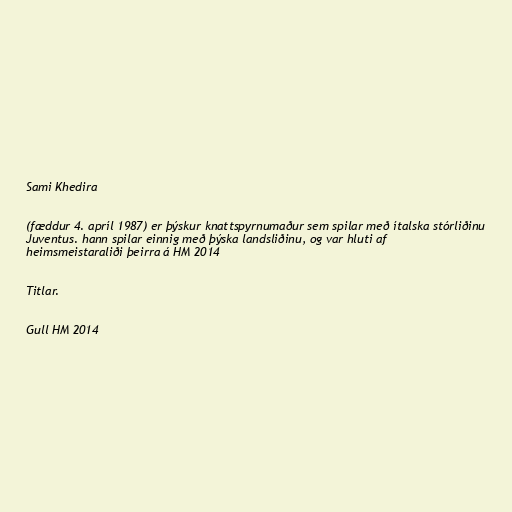
Sami Khedira

(fæddur 4. apríl 1987) er þýskur knattspyrnumaður sem spilar með ítalska stórliðinu
Juventus. hann spilar einnig með þýska landsliðinu, og var hluti af
heimsmeistaraliði þeirra á HM 2014

Titlar.

Gull HM 2014